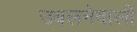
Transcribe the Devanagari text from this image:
उबलनेवाली